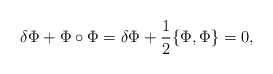
\begin{align*}\delta\Phi + \Phi\circ\Phi = \delta\Phi + \frac{1}{2}\{\Phi,\Phi\}=0,\end{align*}